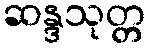
ဆန္ဒသုတ္တ